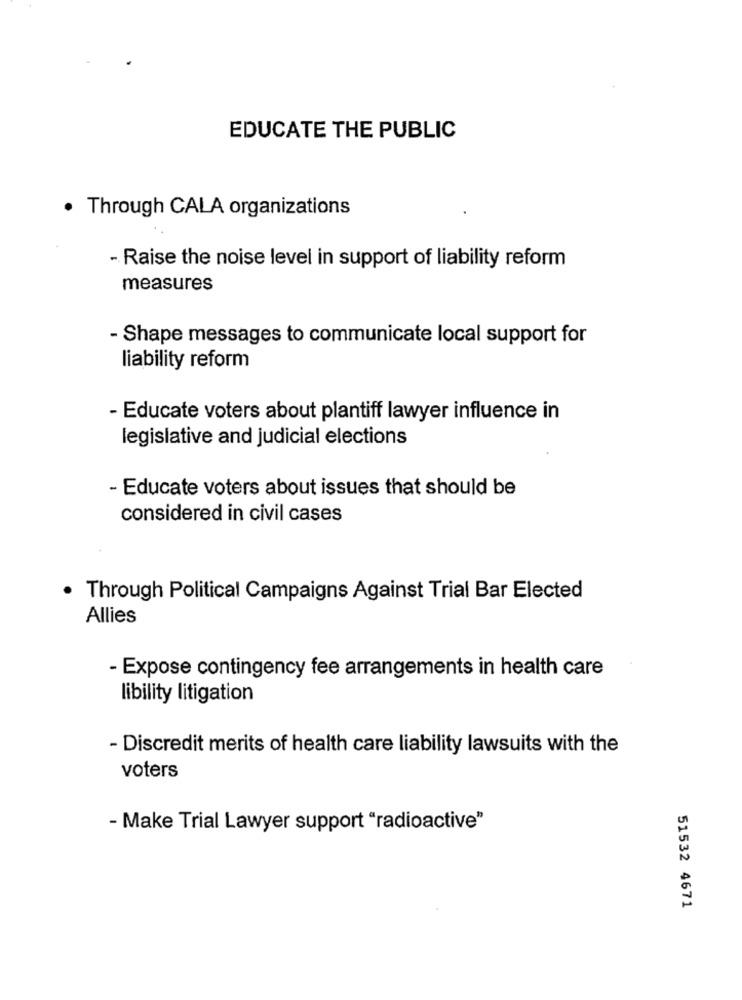
EDUCATE THE PUBLIC
· Through CALA organizations
- Raise the noise level in support of liability reform
measures
- Shape messages to communicate local support for
liability reform
- Educate voters about plantiff lawyer influence in
legislative and judicial elections
- Educate voters about issues that should be
considered in civil cases
· Through Political Campaigns Against Trial Bar Elected
Allies
- Expose contingency fee arrangements in health care
libility litigation
- Discredit merits of health care liability lawsuits with the
voters
- Make Trial Lawyer support "radioactive"
51532 4671